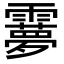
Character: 𩆠